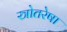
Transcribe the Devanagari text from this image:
स्त्रोतरेषा